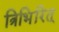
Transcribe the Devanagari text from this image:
त्रिभिरित्